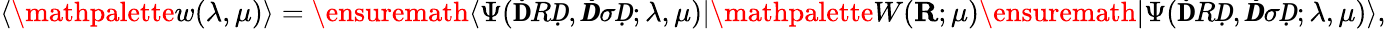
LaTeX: \langle\mathpalette{w}(\lambda,\mu)\rangle=\ensuremath{\langle\Psi(\mathbf ḊRḌ,\pmb Ḋ\sigma Ḍ;\lambda,\mu)\vert}\mathpalette{W}(\mathbf{R};\mu)\ensuremath{\vert\Psi(\mathbf ḊRḌ,\pmb Ḋ\sigma Ḍ;\lambda,\mu)\rangle},